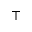
^ \intercal